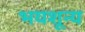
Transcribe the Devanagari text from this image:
भयशून्य